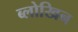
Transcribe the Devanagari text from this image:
ब्लोखिन